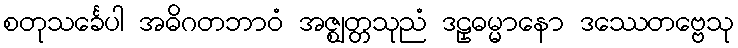
စတုသင်္ခေပါ အဓိဂတဘာဝံ အဇ္ဈတ္တသုညံ ဒဠှဓမ္မာနော ဒဿေတဗ္ဗေသု